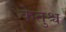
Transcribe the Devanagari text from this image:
केतुश्च